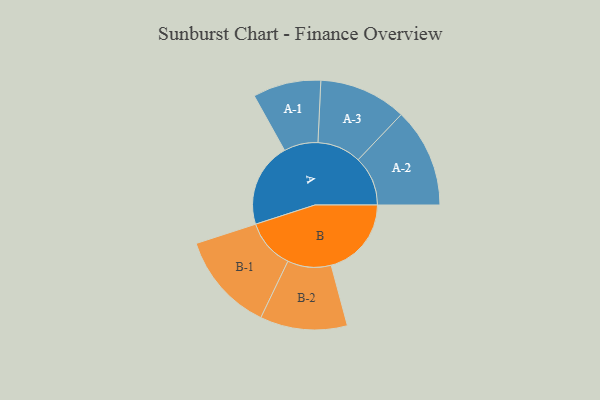
{"axis": {"x": "Segment", "y": "Value"}, "legend": ["", "A", "B"], "data": [{"x": "A", "y": 389, "type": ""}, {"x": "B", "y": 370, "type": ""}, {"x": "A-1", "y": 157, "type": "A"}, {"x": "A-2", "y": 229, "type": "A"}, {"x": "A-3", "y": 202, "type": "A"}, {"x": "B-1", "y": 229, "type": "B"}, {"x": "B-2", "y": 201, "type": "B"}]}